Statistical return of the lunatic asylum in Assam - 1912-1932
Year: 1912
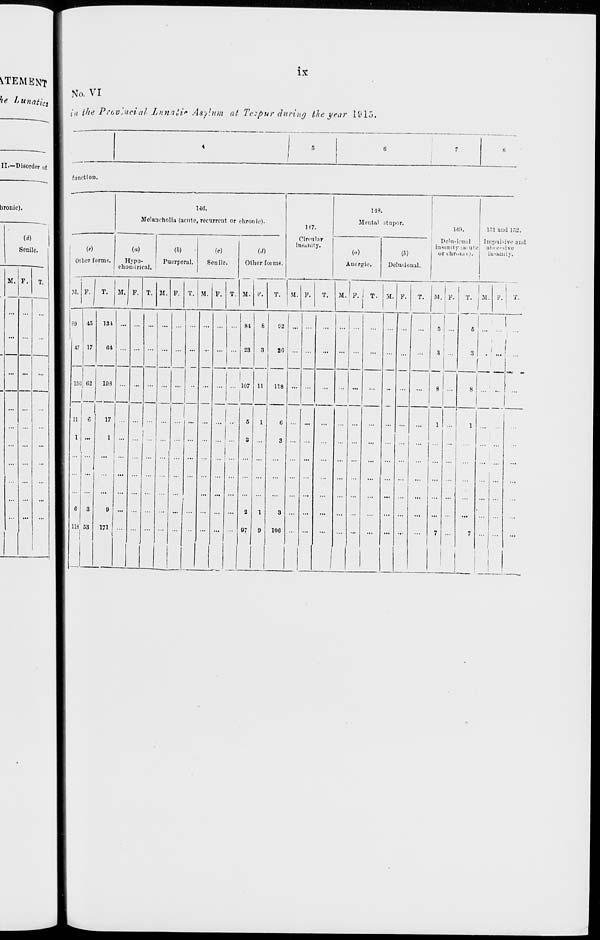
iTEMENT
he Lunatics
ix
No. VI
j,i the Provincial Lunali" Asylum at Tezpur during the year 1915.
II.—Disorder of
function.
lironie).
(d)
Senile.
M. P.
14(5.
Melancholia (acute, recurrent or chronic).
w
Oilier forms.
(a)
Hypo-
chondrioal.
ft)
Puerperal.
ft)
Senile.
M. P.
T.
M. F.
89
IS
47 I 17
I
136] <«"2
118 53
I I
M.
M.
T.
(<*)
Other foiniB.
H7.
Circular
inanity.
149.
Mental stupor.
(a)
Anergic,
ft)
Delusional.
140.
Delusional
Insanity (m qte
or cliruuic).
151 and 152.
Impulsive and
ahce.°sive
in-ituity.
M. V.
T.
u. P. T.
131 ...
01
103 ...
17
1 ...
...
...
0 ...
171
84
23
... 107 U
20
118
5
1
3
2
1
07
0
3
106
M. P. I T. M. P.
T.
M. i P.
T. i M.
8 ' ..
i
T.
i
I